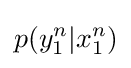
p(y_{1}^{n}|x_{1}^{n})